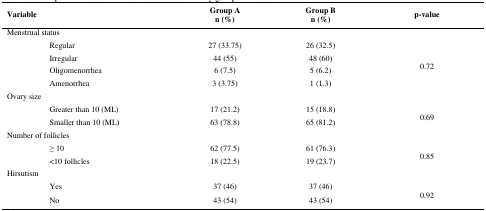
<table><thead><tr><td colspan="2"><b>Variable</b></td><td><b>Group An (%)</b></td><td><b>Group Bn (%)</b></td><td><b>p-value</b></td></tr></thead><tbody><tr><td colspan="5">Menstrual status</td></tr><tr><td></td><td>Regular</td><td>27 (33.75)</td><td>26 (32.5)</td><td rowspan="4">0.72</td></tr><tr><td></td><td>Irregular</td><td>44 (55)</td><td>48 (60)</td></tr><tr><td></td><td>Oligomenorrhea</td><td>6 (7.5)</td><td>5 (6.2)</td></tr><tr><td></td><td>Amenorrhea</td><td>3 (3.75)</td><td>1 (1.3)</td></tr><tr><td colspan="5">Ovary size</td></tr><tr><td></td><td>Greater than 10 (ML)</td><td>17 (21.2)</td><td>15 (18.8)</td><td rowspan="2">0.69</td></tr><tr><td></td><td>Smaller than 10 (ML)</td><td>63 (78.8)</td><td>65 (81.2)</td></tr><tr><td colspan="5">Number of follicles</td></tr><tr><td></td><td>≥ 10</td><td>62 (77.5)</td><td>61 (76.3)</td><td rowspan="2">0.85</td></tr><tr><td></td><td>&lt;10 follicles</td><td>18 (22.5)</td><td>19 (23.7)</td></tr><tr><td colspan="5">Hirsutism</td></tr><tr><td></td><td>Yes</td><td>37 (46)</td><td>37 (46)</td><td rowspan="2">0.92</td></tr><tr><td></td><td>No</td><td>43 (54)</td><td>43 (54)</td></tr></tbody></table>